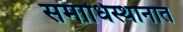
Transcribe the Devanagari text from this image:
समाधिस्थानात